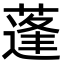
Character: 蓬